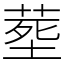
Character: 塟